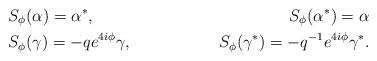
LaTeX: \begin{align*}&S_{\phi}(\alpha)=\alpha^*, &S_{\phi}(\alpha^*)=\alpha \\&S_{\phi}(\gamma)= - q e^{ 4i\phi} \gamma, &S_{\phi}(\gamma^*)= - q^{-1} e^{ 4i\phi} \gamma^*. \end{align*}